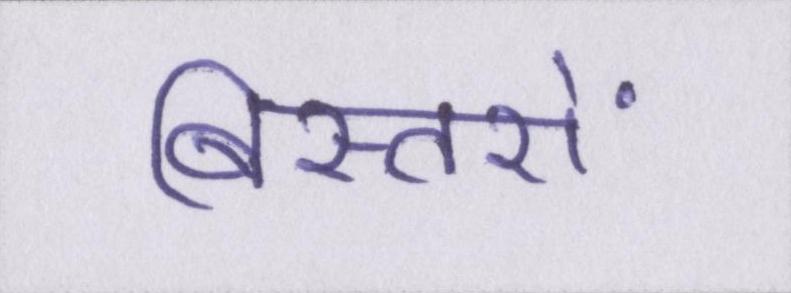
बिस्तरों